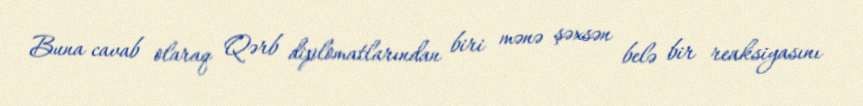
Buna cavab olaraq Qərb diplomatlarından biri mənə şəxsən belə bir reaksiyasını